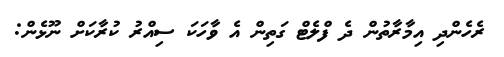
ރެހެންދި އިމާރާތުން ދެ ފްލެޓް ގަތިން އެ ވާހަކަ ސިއްރު ކުރާކަށް ނޫޅެން: